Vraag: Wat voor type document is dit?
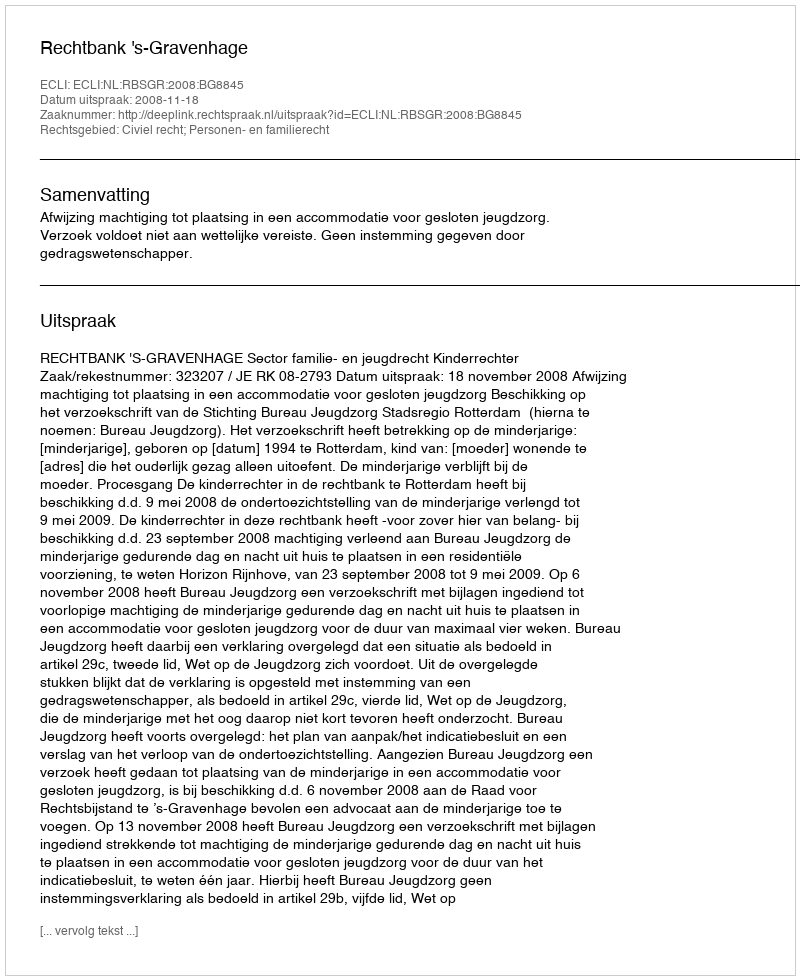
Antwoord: Uitspraak